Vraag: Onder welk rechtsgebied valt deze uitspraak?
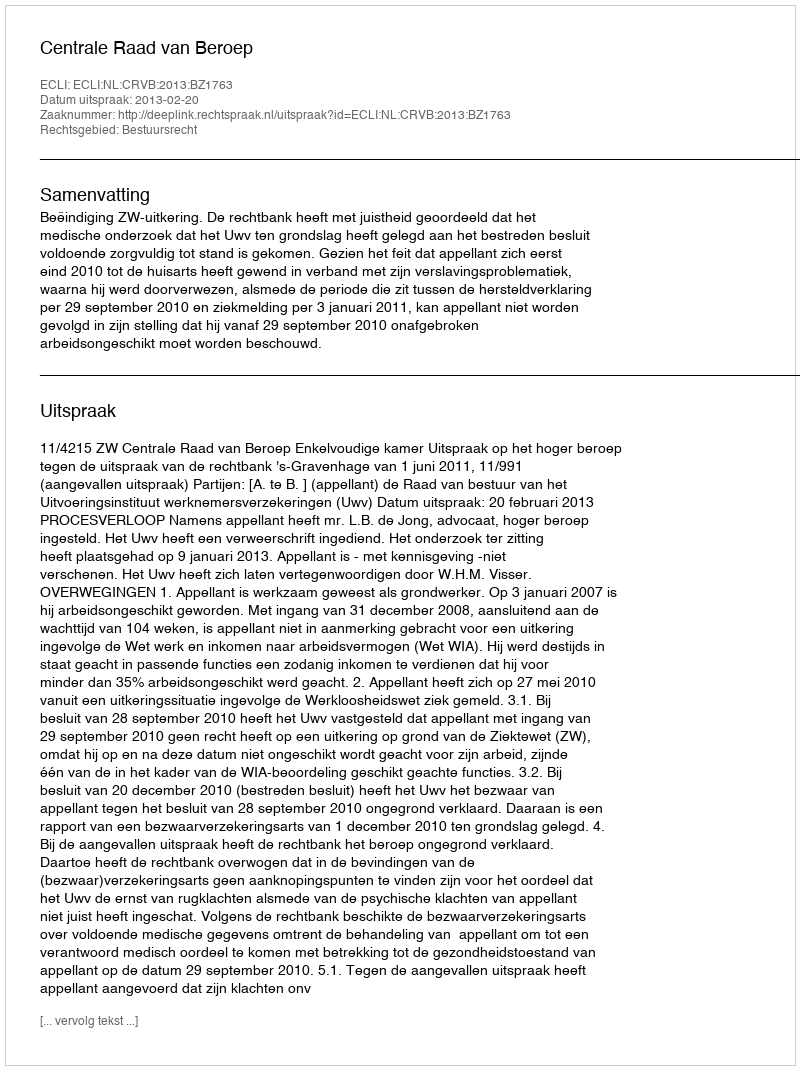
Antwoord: Bestuursrecht